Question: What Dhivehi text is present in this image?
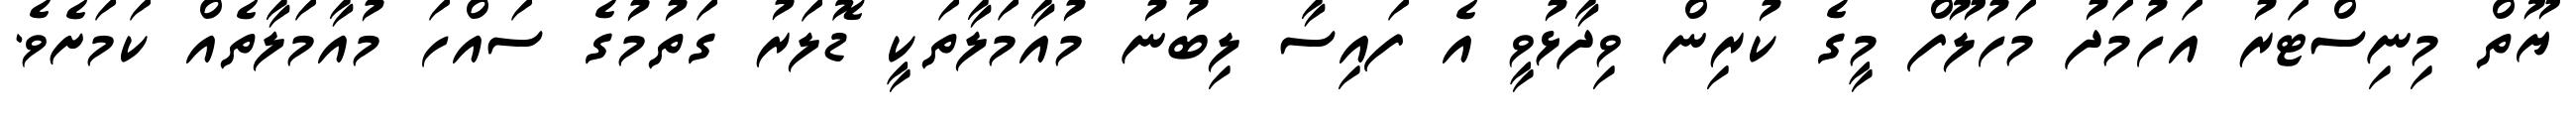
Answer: ޔޫތް މިނިސްޓަރު އަހުމަދު މަހުލޫފް މީގެ ކުރިން ވިދާޅުވީ އެ ފައިސާ ލިބުނު މުއާމަލާތަކީ ޑޮލަރު ގަތުމުގެ ސައްހަ މުއާމަލާތެއް ކަމަށެވެ.